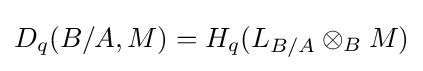
D_{q}(B/A,M)=H_{q}(L_{B/A}\otimes _{B}M)